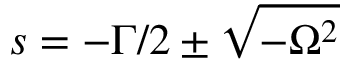
s = - \Gamma / 2 \pm \sqrt { - \Omega ^ { 2 } }